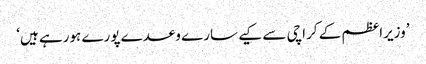
’وزیراعظم کے کراچی سے کیے سارے وعدے پورے ہورہے ہیں‘